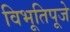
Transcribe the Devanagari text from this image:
विभूतिपूजे